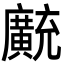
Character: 𫸊